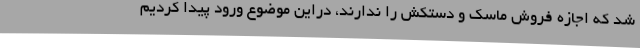
شد که اجازه فروش ماسک و دستکش را ندارند، دراین موضوع ورود پیدا کردیم